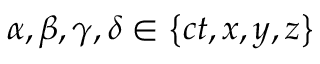
\alpha , \beta , \gamma , \delta \in \left\lbrace c t , x , y , z \right\rbrace